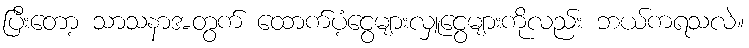
ပြီးတော့ သာသနာအတွက် ထောက်ပံ့ငွေများလှူငွေများကိုလည်း ဘယ်ကရသလဲ။